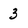
Character: 3